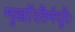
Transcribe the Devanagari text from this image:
मुखरितैर्मधुरैः